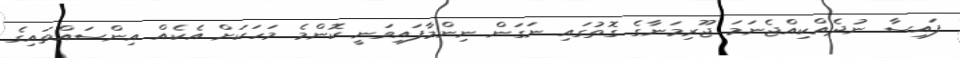
ފައިސާ ނުދެއްކިއްޖެނަމަ ޖޫރިމަނާގެ ގޮތުގައި ނަގަން ނިންމާފައިވަނީ ކޮންމެ މަހަކަށް އެކެއް އިންސައްތައިގެ